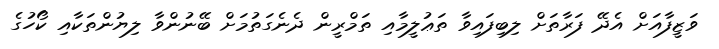
ވަޒީފާއަށް އެދޭ ފަރާތަށް ލިބިފައިވާ ތަޢުލީމާއި ތަމްރީން ދެނެގަތުމަށް ބޭނުންވާ ލިޔުންތަކާއި ކޯހުގެ